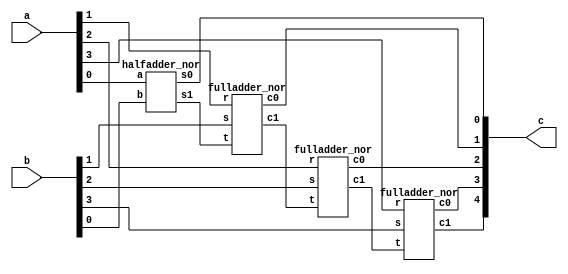
// ---------------------
// Guia 05_01 - 4 bits Full Adder with NOR gate
// Nome: Alyson Deives
// ---------------------

// -------------------------------
// -- 4 bits full adder with with NOR gate
// -------------------------------

module four_bits_fulladder_nor (c,a,b);
output [4:0] c;
input [3:0] a;
input [3:0] b;


halfadder_nor HA1 (c[0],carry1,a[0],b[0]);
fulladder_nor FA1 (c[1],carry2,a[1],b[1],carry1);
fulladder_nor FA2 (c[2],carry3,a[2],b[2],carry2);
fulladder_nor FA3 (c[3],c[4],a[3],b[3],carry3);

endmodule // 4_bits_full_adder_nor


// -------------------------------
// -- full adder with NOR gate
// -------------------------------

module fulladder_nor (c0,c1,r,s,t);
output c0,c1;
input r,s,t;
wire carry1,carry2,cout;

halfadder_nor HA1 (cout,carry1,r,s);
halfadder_nor HA2 (c0,carry2,cout,t);
or_nor OR1 (c1,carry1,carry2);

endmodule // full_adder




// -------------------------------
// -- half adder with NOR gate
// -------------------------------

module halfadder_nor (s0, s1, a, b);
 output s0,s1;
 input  a, b;
 
  xor_nor XOR1 (s0,a,b);
  and_nor AND1 (s1,a,b);

endmodule // halfadder_nor

// ---------------------
// -- xor with NOR gate
// ---------------------

module xor_nor (s, a, b);
 output s;
 input  a, b;
 wire temp1,temp2,temp3,temp4,temp5,temp6;
 
  nor NOR1 (temp1,b,b);
  nor NOR2 (temp2,a,a);
  nor NOR3 (temp3,a,temp1);
  nor NOR4 (temp4,b,temp2);
  nor NOR5 (temp5, temp3, temp4); 
  nor NOR6 (s, temp5, temp5); 
  
endmodule // xor_nor


// ---------------------
// -- and with NOR gate
// ---------------------

module and_nor (s, a, b);
 output s;
 input  a, b;
 wire temp1,temp2;
 
  nor NOR1 (temp1,a,a);
  nor NOR2 (temp2,b,b);
  nor NOR3 (s, temp1,temp2);

endmodule // and_nor

// ---------------------
// -- or with NOR gate
// ---------------------

module or_nor (s, a, b);
 output s;
 input  a, b;
 wire temp1;
 
  nor NOR1 (temp1,a,b);
  nor NOR2 (s,temp1,temp1);
  
endmodule // or_nor


// -----------------------------
// -- test 4_bits_fulladder_with_nor
// -----------------------------

module test;
 reg [3:0]  a;
 reg [3:0]  b;
 wire [4:0] c;
 integer i,j;
          
// instancia
 four_bits_fulladder_nor FBFA1 (c,a,b);
 
initial begin:start
      a=0; b=0;
 end
 
 
 // parte principal
 initial begin:main
      $display("Guia 05_01 - Alyson Deives - 416589");
      $display("FULL ADDER de 4 bits com portas NOR\n");
		$display("\n   A   +   B  =   S  \n");
		$monitor("  %b%b%b%b + %b%b%b%b = %b%b%b%b%b", a[3],a[2],a[1],a[0],b[3],b[2],b[1],b[0],c[4],c[3],c[2],c[1],c[0]); 
  for(i=0;i<=15;i=i+1) 
  	begin
	
  		for(j=0;j<=15;j=j+1) 
  			begin
			#1 a = i;b=j;
								 			 
  		end	
  end 
end    

endmodule // testhalfadder_nor


	// -----------------------------
	// -- TESTE
	// -----------------------------
	//--Guia 05_01 - Alyson Deives - 416589
	//--FULL ADDER de 4 bits com portas NOR
	//--    A  +    B =   S
    
    // -- 0000 + 0000 = 00000
    // -- 0000 + 0001 = 00001
    // -- 0000 + 0010 = 00010
    // -- 0000 + 0011 = 00011
    // -- 0000 + 0100 = 00100
    // -- 0000 + 0101 = 00101
    // -- 0000 + 0110 = 00110
    // -- 0000 + 0111 = 00111
    // -- 0000 + 1000 = 01000
    // -- 0000 + 1001 = 01001
    // -- 0000 + 1010 = 01010
    // -- 0000 + 1011 = 01011
    // -- 0000 + 1100 = 01100
    // -- 0000 + 1101 = 01101
    // -- 0000 + 1110 = 01110
    // -- 0000 + 1111 = 01111
    // -- 0001 + 0000 = 00001
    // -- 0001 + 0001 = 00010
    // -- 0001 + 0010 = 00011
    // -- 0001 + 0011 = 00100
    // -- 0001 + 0100 = 00101
    // -- 0001 + 0101 = 00110
    // -- 0001 + 0110 = 00111
    // -- 0001 + 0111 = 01000
    // -- 0001 + 1000 = 01001
    // -- 0001 + 1001 = 01010
    // -- 0001 + 1010 = 01011
    // -- 0001 + 1011 = 01100
    // -- 0001 + 1100 = 01101
    // -- 0001 + 1101 = 01110
    // -- 0001 + 1110 = 01111
    // -- 0001 + 1111 = 10000
    // -- 0010 + 0000 = 00010
    // -- 0010 + 0001 = 00011
    // -- 0010 + 0010 = 00100
    // -- 0010 + 0011 = 00101
    // -- 0010 + 0100 = 00110
    // -- 0010 + 0101 = 00111
    // -- 0010 + 0110 = 01000
    // -- 0010 + 0111 = 01001
    // -- 0010 + 1000 = 01010
    // -- 0010 + 1001 = 01011
    // -- 0010 + 1010 = 01100
    // -- 0010 + 1011 = 01101
    // -- 0010 + 1100 = 01110
    // -- 0010 + 1101 = 01111
    // -- 0010 + 1110 = 10000
    // -- 0010 + 1111 = 10001
    // -- 0011 + 0000 = 00011
    // -- 0011 + 0001 = 00100
    // -- 0011 + 0010 = 00101
    // -- 0011 + 0011 = 00110
    // -- 0011 + 0100 = 00111
    // -- 0011 + 0101 = 01000
    // -- 0011 + 0110 = 01001
    // -- 0011 + 0111 = 01010
    // -- 0011 + 1000 = 01011
    // -- 0011 + 1001 = 01100
    // -- 0011 + 1010 = 01101
    // -- 0011 + 1011 = 01110
    // -- 0011 + 1100 = 01111
    // -- 0011 + 1101 = 10000
    // -- 0011 + 1110 = 10001
    // -- 0011 + 1111 = 10010
    // -- 0100 + 0000 = 00100
    // -- 0100 + 0001 = 00101
    // -- 0100 + 0010 = 00110
    // -- 0100 + 0011 = 00111
    // -- 0100 + 0100 = 01000
    // -- 0100 + 0101 = 01001
    // -- 0100 + 0110 = 01010
    // -- 0100 + 0111 = 01011
    // -- 0100 + 1000 = 01100
    // -- 0100 + 1001 = 01101
    // -- 0100 + 1010 = 01110
    // -- 0100 + 1011 = 01111
    // -- 0100 + 1100 = 10000
    // -- 0100 + 1101 = 10001
    // -- 0100 + 1110 = 10010
    // -- 0100 + 1111 = 10011
    // -- 0101 + 0000 = 00101
    // -- 0101 + 0001 = 00110
    // -- 0101 + 0010 = 00111
    // -- 0101 + 0011 = 01000
    // -- 0101 + 0100 = 01001
    // -- 0101 + 0101 = 01010
    // -- 0101 + 0110 = 01011
    // -- 0101 + 0111 = 01100
    // -- 0101 + 1000 = 01101
    // -- 0101 + 1001 = 01110
    // -- 0101 + 1010 = 01111
    // -- 0101 + 1011 = 10000
    // -- 0101 + 1100 = 10001
    // -- 0101 + 1101 = 10010
    // -- 0101 + 1110 = 10011
    // -- 0101 + 1111 = 10100
    // -- 0110 + 0000 = 00110
    // -- 0110 + 0001 = 00111
    // -- 0110 + 0010 = 01000
    // -- 0110 + 0011 = 01001
    // -- 0110 + 0100 = 01010
    // -- 0110 + 0101 = 01011
    // -- 0110 + 0110 = 01100
    // -- 0110 + 0111 = 01101
    // -- 0110 + 1000 = 01110
    // -- 0110 + 1001 = 01111
    // -- 0110 + 1010 = 10000
    // -- 0110 + 1011 = 10001
    // -- 0110 + 1100 = 10010
    // -- 0110 + 1101 = 10011
    // -- 0110 + 1110 = 10100
    // -- 0110 + 1111 = 10101
    // -- 0111 + 0000 = 00111
    // -- 0111 + 0001 = 01000
    // -- 0111 + 0010 = 01001
    // -- 0111 + 0011 = 01010
    // -- 0111 + 0100 = 01011
    // -- 0111 + 0101 = 01100
    // -- 0111 + 0110 = 01101
    // -- 0111 + 0111 = 01110
    // -- 0111 + 1000 = 01111
    // -- 0111 + 1001 = 10000
    // -- 0111 + 1010 = 10001
    // -- 0111 + 1011 = 10010
    // -- 0111 + 1100 = 10011
    // -- 0111 + 1101 = 10100
    // -- 0111 + 1110 = 10101
    // -- 0111 + 1111 = 10110
    // -- 1000 + 0000 = 01000
    // -- 1000 + 0001 = 01001
    // -- 1000 + 0010 = 01010
    // -- 1000 + 0011 = 01011
    // -- 1000 + 0100 = 01100
    // -- 1000 + 0101 = 01101
    // -- 1000 + 0110 = 01110
    // -- 1000 + 0111 = 01111
    // -- 1000 + 1000 = 10000
    // -- 1000 + 1001 = 10001
    // -- 1000 + 1010 = 10010
    // -- 1000 + 1011 = 10011
    // -- 1000 + 1100 = 10100
    // -- 1000 + 1101 = 10101
    // -- 1000 + 1110 = 10110
    // -- 1000 + 1111 = 10111
    // -- 1001 + 0000 = 01001
    // -- 1001 + 0001 = 01010
    // -- 1001 + 0010 = 01011
    // -- 1001 + 0011 = 01100
    // -- 1001 + 0100 = 01101
    // -- 1001 + 0101 = 01110
    // -- 1001 + 0110 = 01111
    // -- 1001 + 0111 = 10000
    // -- 1001 + 1000 = 10001
    // -- 1001 + 1001 = 10010
    // -- 1001 + 1010 = 10011
    // -- 1001 + 1011 = 10100
    // -- 1001 + 1100 = 10101
    // -- 1001 + 1101 = 10110
    // -- 1001 + 1110 = 10111
    // -- 1001 + 1111 = 11000
    // -- 1010 + 0000 = 01010
    // -- 1010 + 0001 = 01011
    // -- 1010 + 0010 = 01100
    // -- 1010 + 0011 = 01101
    // -- 1010 + 0100 = 01110
    // -- 1010 + 0101 = 01111
    // -- 1010 + 0110 = 10000
    // -- 1010 + 0111 = 10001
    // -- 1010 + 1000 = 10010
    // -- 1010 + 1001 = 10011
    // -- 1010 + 1010 = 10100
    // -- 1010 + 1011 = 10101
    // -- 1010 + 1100 = 10110
    // -- 1010 + 1101 = 10111
    // -- 1010 + 1110 = 11000
    // -- 1010 + 1111 = 11001
    // -- 1011 + 0000 = 01011
    // -- 1011 + 0001 = 01100
    // -- 1011 + 0010 = 01101
    // -- 1011 + 0011 = 01110
    // -- 1011 + 0100 = 01111
    // -- 1011 + 0101 = 10000
    // -- 1011 + 0110 = 10001
    // -- 1011 + 0111 = 10010
    // -- 1011 + 1000 = 10011
    // -- 1011 + 1001 = 10100
    // -- 1011 + 1010 = 10101
    // -- 1011 + 1011 = 10110
    // -- 1011 + 1100 = 10111
    // -- 1011 + 1101 = 11000
    // -- 1011 + 1110 = 11001
    // -- 1011 + 1111 = 11010
    // -- 1100 + 0000 = 01100
    // -- 1100 + 0001 = 01101
    // -- 1100 + 0010 = 01110
    // -- 1100 + 0011 = 01111
    // -- 1100 + 0100 = 10000
    // -- 1100 + 0101 = 10001
    // -- 1100 + 0110 = 10010
    // -- 1100 + 0111 = 10011
    // -- 1100 + 1000 = 10100
    // -- 1100 + 1001 = 10101
    // -- 1100 + 1010 = 10110
    // -- 1100 + 1011 = 10111
    // -- 1100 + 1100 = 11000
    // -- 1100 + 1101 = 11001
    // -- 1100 + 1110 = 11010
    // -- 1100 + 1111 = 11011
    // -- 1101 + 0000 = 01101
    // -- 1101 + 0001 = 01110
    // -- 1101 + 0010 = 01111
    // -- 1101 + 0011 = 10000
    // -- 1101 + 0100 = 10001
    // -- 1101 + 0101 = 10010
    // -- 1101 + 0110 = 10011
    // -- 1101 + 0111 = 10100
    // -- 1101 + 1000 = 10101
    // -- 1101 + 1001 = 10110
    // -- 1101 + 1010 = 10111
    // -- 1101 + 1011 = 11000
    // -- 1101 + 1100 = 11001
    // -- 1101 + 1101 = 11010
    // -- 1101 + 1110 = 11011
    // -- 1101 + 1111 = 11100
    // -- 1110 + 0000 = 01110
    // -- 1110 + 0001 = 01111
    // -- 1110 + 0010 = 10000
    // -- 1110 + 0011 = 10001
    // -- 1110 + 0100 = 10010
    // -- 1110 + 0101 = 10011
    // -- 1110 + 0110 = 10100
    // -- 1110 + 0111 = 10101
    // -- 1110 + 1000 = 10110
    // -- 1110 + 1001 = 10111
    // -- 1110 + 1010 = 11000
    // -- 1110 + 1011 = 11001
    // -- 1110 + 1100 = 11010
    // -- 1110 + 1101 = 11011
    // -- 1110 + 1110 = 11100
    // -- 1110 + 1111 = 11101
    // -- 1111 + 0000 = 01111
    // -- 1111 + 0001 = 10000
    // -- 1111 + 0010 = 10001
    // -- 1111 + 0011 = 10010
    // -- 1111 + 0100 = 10011
    // -- 1111 + 0101 = 10100
    // -- 1111 + 0110 = 10101
    // -- 1111 + 0111 = 10110
    // -- 1111 + 1000 = 10111
    // -- 1111 + 1001 = 11000
    // -- 1111 + 1010 = 11001
    // -- 1111 + 1011 = 11010
    // -- 1111 + 1100 = 11011
    // -- 1111 + 1101 = 11100
    // -- 1111 + 1110 = 11101
    // -- 1111 + 1111 = 11110